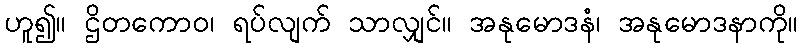
ဟူ၍။ ဌိတကောဝ၊ ရပ်လျက် သာလျှင်။ အနုမောဒနံ၊ အနုမောဒနာကို။